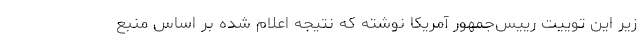
زیر این توییت رییس‌جمهور آمریکا نوشته که نتیجه اعلام شده بر اساس منبع